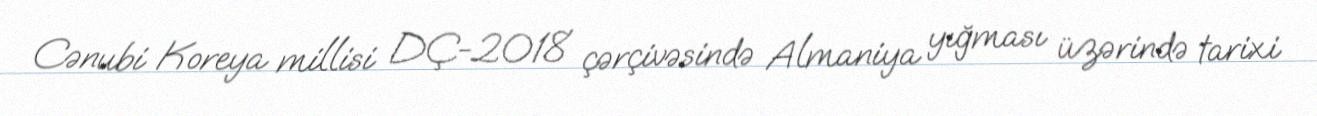
Cənubi Koreya millisi DÇ-2018 çərçivəsində Almaniya yığması üzərində tarixi